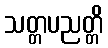
သတ္တပညတ္တိ